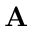
\textbf { A }